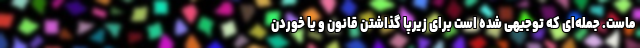
ماست. جمله‌ای که توجیهی شده است برای زیرپا گذاشتن قانون و یا خوردن